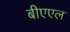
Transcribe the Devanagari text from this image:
बीएएल